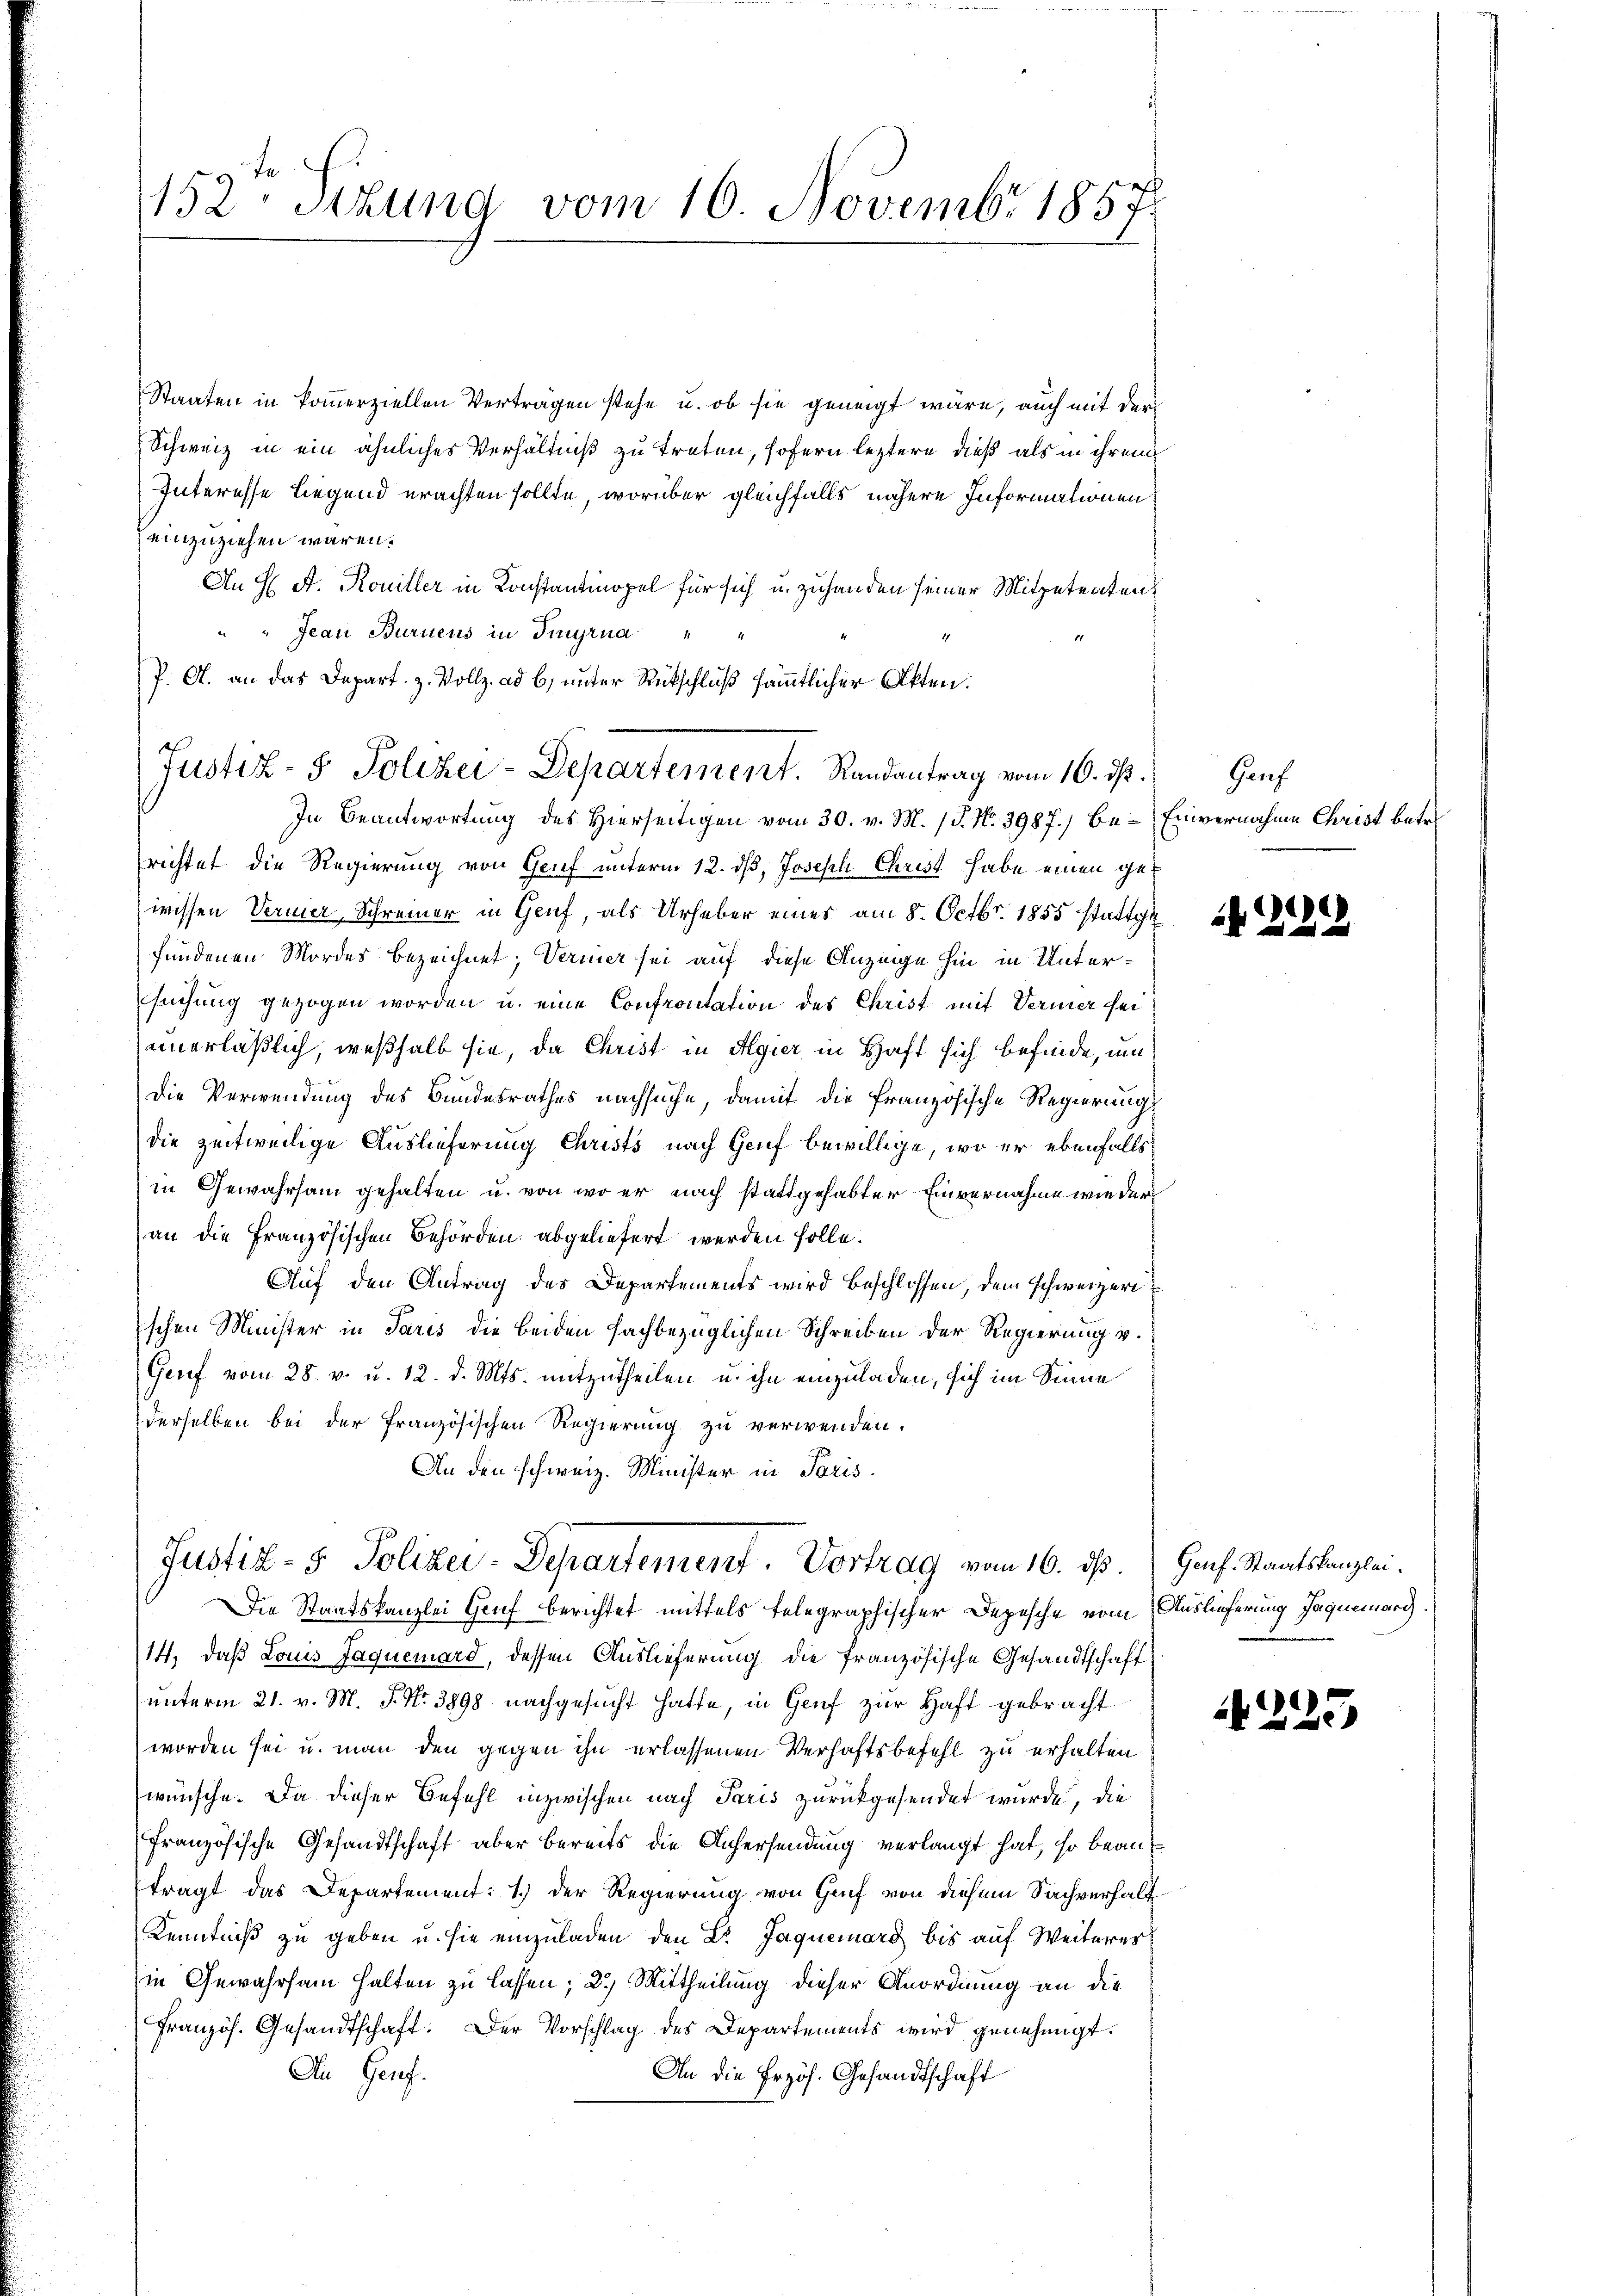
de
152 Stzung vom 10. Novembr 1857

Staaten in kommerziellen Vertragen stehe u. ob sie geneigt wäre, auch mit der
Schweiz in ein ähnliches Verhältniß zu treten, sofern leztere dieß als in ihrem
Interesse liegend erachten sollte, worüber gleichfalls nähere Informationen
einzuziehen wären.
An H A. Rouiller in Konstantinopel für sich u. zuhanden seiner Mitpetentene
Jean Buruens in Tinyrna
P. A. an das Depart. z. Vollz. ad b. unter Rückschluß sämmtlicher Akten.
In Beantwortung des Hierseitigen vom 30. v. M. (T. No. 3987.) be- Einvernahme Christ betre
richtet die Regierung von Genf unterm 12. dß, Joseph Christ habe einen gewissen Vernier Schreiner in Genf, als Urheber eines am 8. Octbr. 1855 stattge
fundenen Mordes bezeichnet; Vermier sei auf diese Anzeige hin in Untersuchung gezogen worden u. eine Confrontation des Christ mit Vermer seiunerläßlich, weßhalb sie, da Christ in Algier in Haft sich befinde, um
Die Verwendung des Bundesrathes nachsuche, damit die französische Regierung
die zeitweilige Auslieferung Christs nach Genf bewillige, wo er ebenfalls
in Gewahrsam gehalten u. von wo er nach stattgehabter Einvernahme wieder
an die Französischen Behörden abgeliefert werden solle.
Auf den Antrag des Departements wird beschlossen, dem schweizeri
schen Minister in Paris die beiden fachbezüglichen Schreiben der Regierung v.
Genf vom 28. v. u. 12. d. Mts. mitzutheilen u. ihn einzuladen, sich im Sinne
derselben bei der französischen Regierung zu verwenden.
An den schweiz. Minister in Paris.
Justiz- & Polizei-Departement. Vortrag vom 16. ds. Genf. Staatskanzlei¬
Die Staatskanzlei Gruf berichtet mittels telegraphischer Depesche vom Auslieferung Jaquerarg.
14, daß Louis Jaquemard, dessen Auslieferung die französische Gesandtschaft
unterm 21. v. M. P. Nr. 3898 nachgesucht hatte, in Genf zur Haft gebracht
worden sei u. man den gegen ihn erlassenen Verhaftsbefehl zu erhalten
wünsche. Da dieser Befehl inzwischen nach Paris zurückgesendet wurde, die
französische Gesandtschaft aber bereits die Anfersendung verlangt hat, so beantragt das Departement: 1.) Der Regierung von Genf von diesem Sachverhalt
Kenntniß zu geben u. sie einzuladen den Dr. Jaquerars bis auf Weiterer
in Gewahrsam halten zu lassen; 2.) Mittheilung dieser Anordnung an die
Französ. Gesandtschaft. Der Vorschlag des Departements wird genehmigt.
An Genf.
An die Erzös. Gesandtschaft

Justiz- & Polizei-Departement. Randantrag vom 10. ds.

Gauf

21212

25